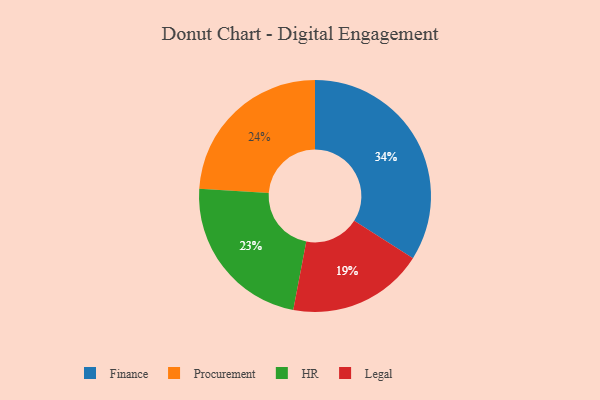
{"axis": {"x": "Category", "y": "Percentage"}, "legend": ["Finance", "HR", "Legal", "Procurement"], "data": [{"x": "Procurement", "y": 24, "type": "Procurement"}, {"x": "Finance", "y": 34, "type": "Finance"}, {"x": "HR", "y": 23, "type": "HR"}, {"x": "Legal", "y": 19, "type": "Legal"}]}